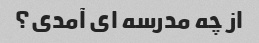
از چه مدرسه ای آمدی؟